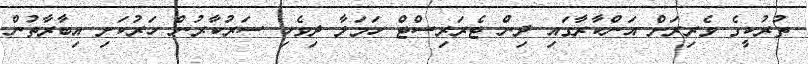
ތުރުކީގެ ވެރިރަށް އަންކާރާގައި ދިން ޓެރަރިސްޓް ހަމަލާ ދިވެހި ސަރުކާރުން ހަރުކަށި އިބާރާތުން